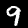
Digit: 9